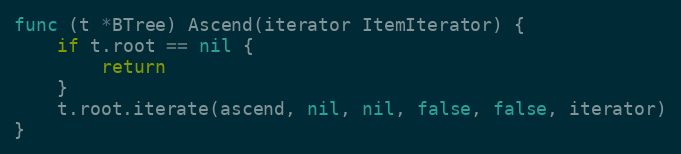
Language: Go
func (t *BTree) Ascend(iterator ItemIterator) {
	if t.root == nil {
		return
	}
	t.root.iterate(ascend, nil, nil, false, false, iterator)
}